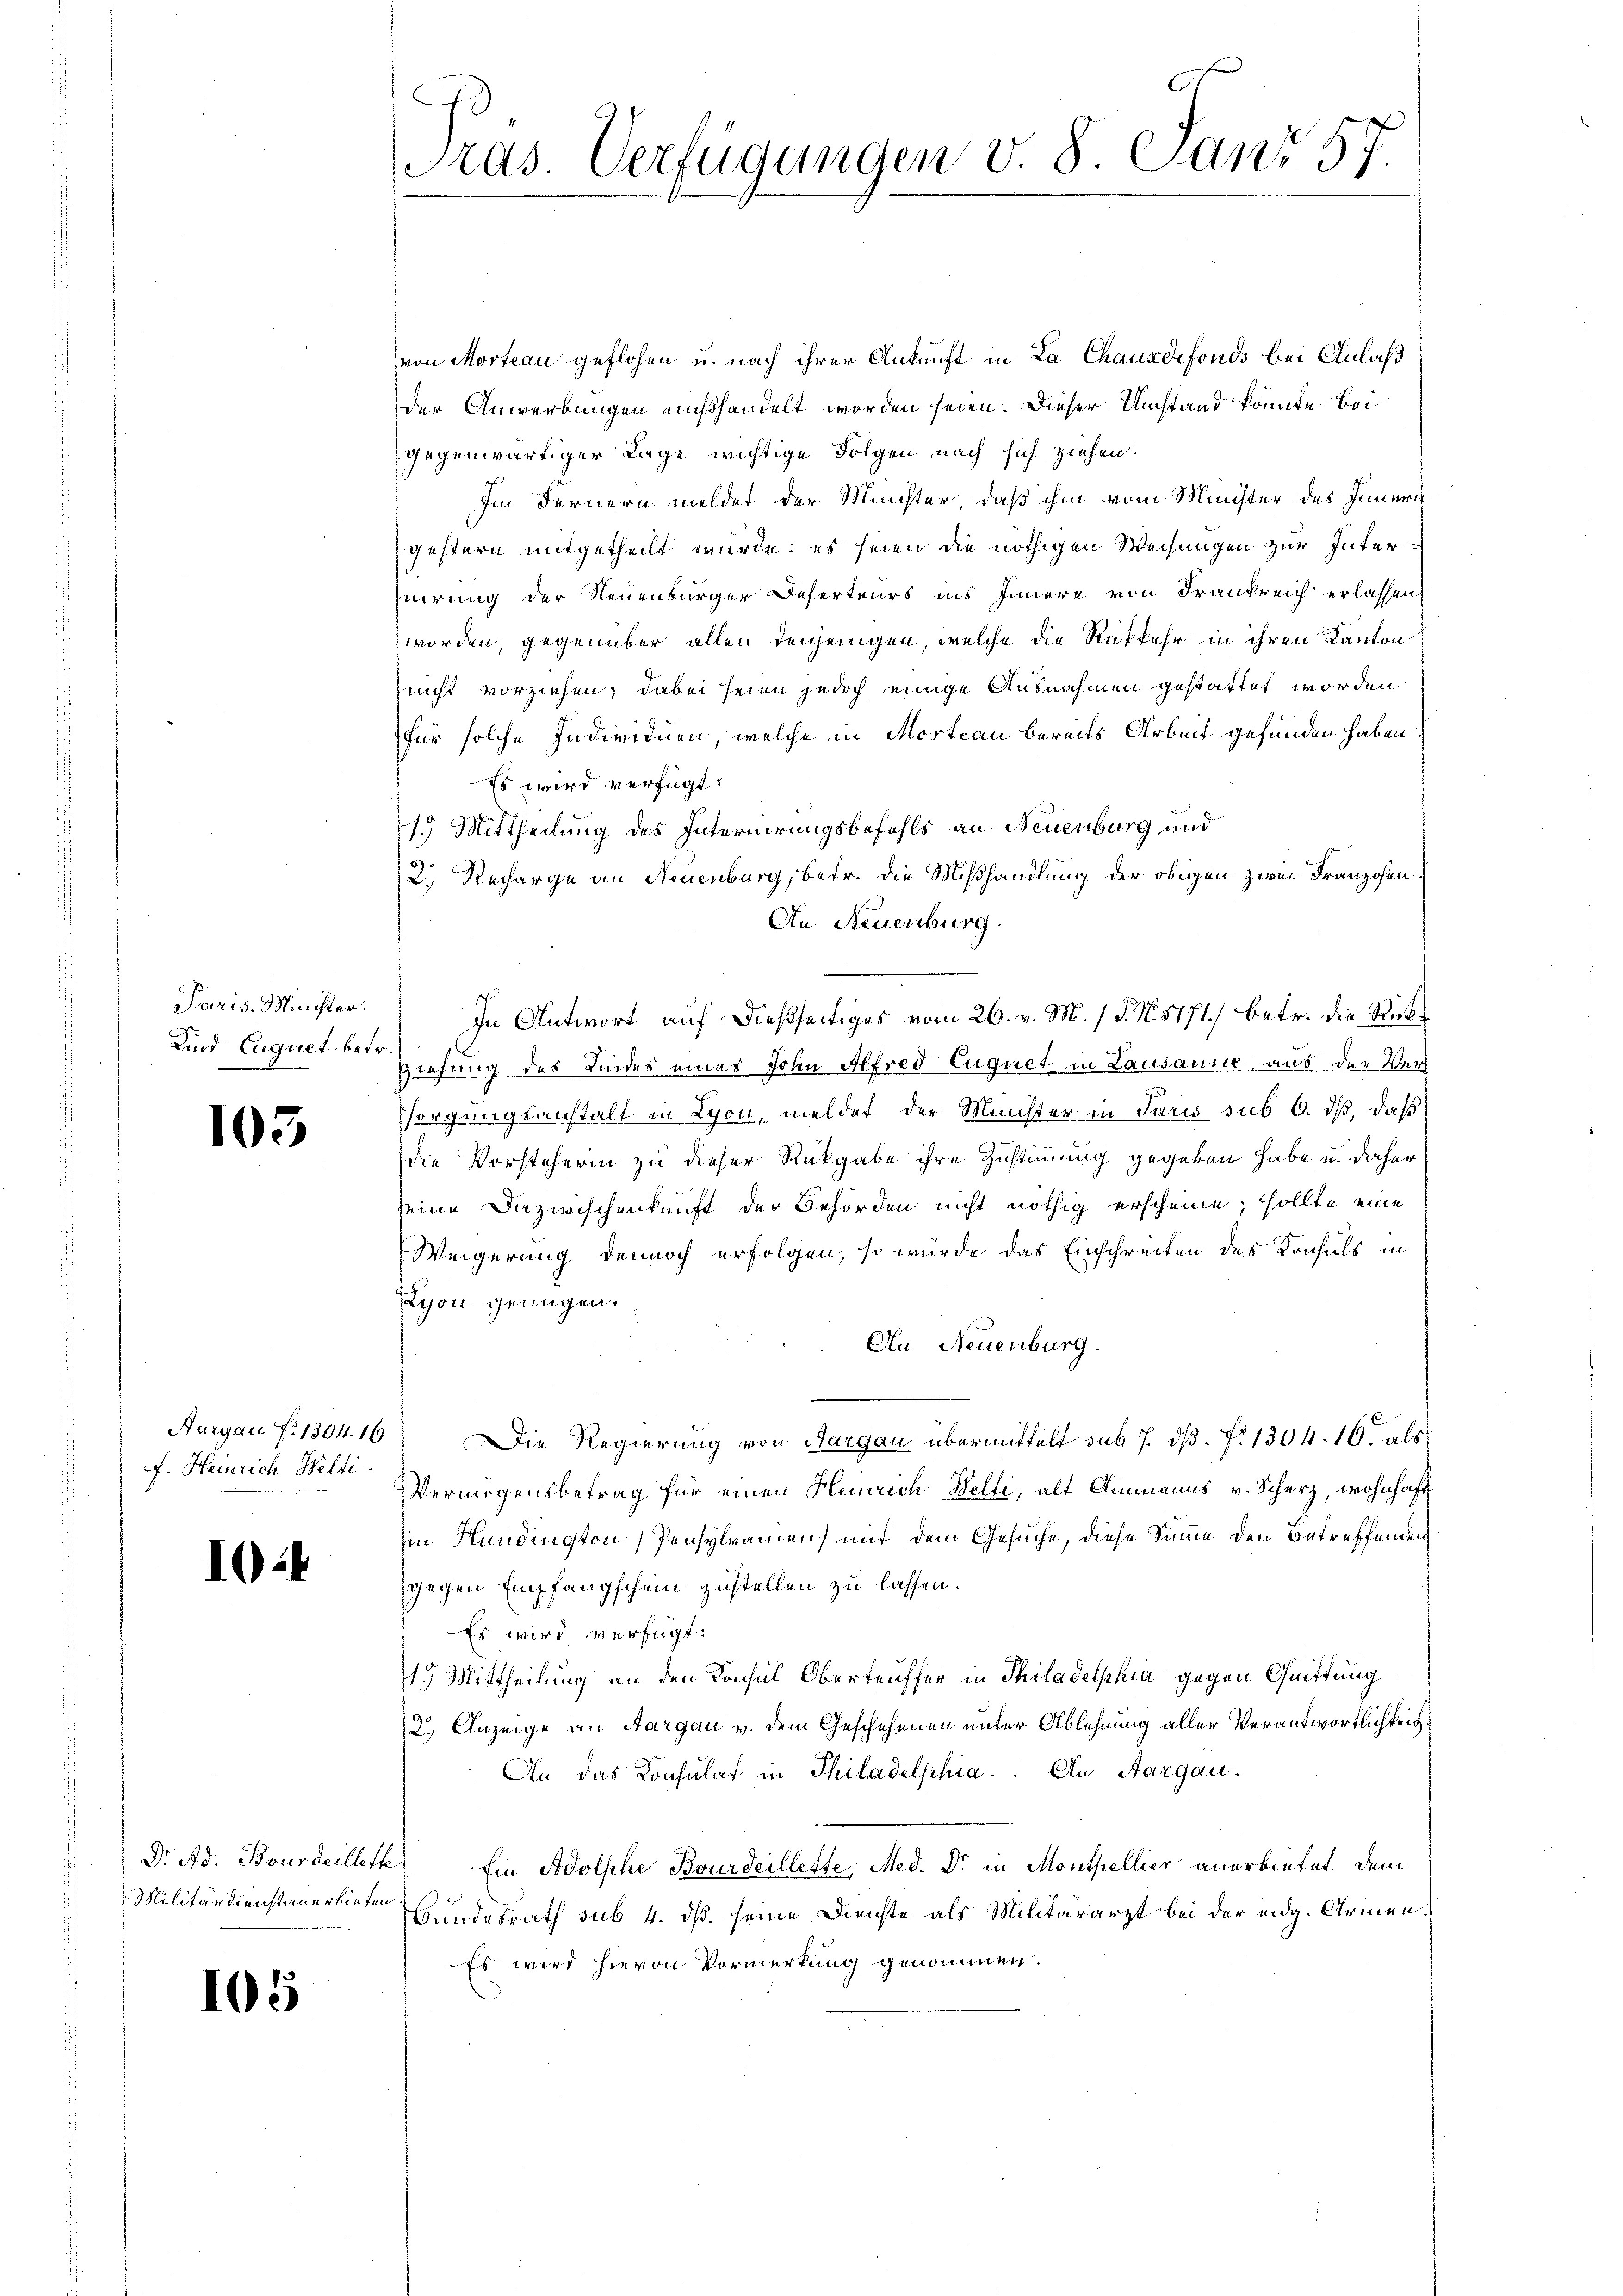
Paris. Minister.
Kind Euquet betr.

105

f. Heinrich Welti.

10:

Militärdienstanerbieten.

105

von Morteau geflohen u. nach ihrer Ankunft in La Chauxdefonds bei Anlaß
der Anwerbungen mißhandelt worden seien. Dieser Umstand könnte bei
gegenwärtiger Lage wichtige Folgen nach sich ziehen.
Im Fernern meldet der Münchter, daß ihm vom Minister des Innern
gestern mitgetheilt wurde; es seien die nöthigen Weisungen zur Interuirung der Neuenburger Deserteurs ins Innere von Frankreich erlassen
worden, gegenüber allen denjenigen, welche die Rückkehr in ihren Kanton
nicht vorziehen; dabei seien jedoch einige Ausnahmen gestattet worden
für solche Individuen, welche in Morteau bereits Arbeit gefunden haben.
Es wird verfügt:
1.) Mittheilung des Internirungsbefehls an Neuenburg und
2.) Recharge an Neuenburg, betr. die Mißhandlung der obigen zwei Franzosen
An Neuenburg.
In Antwort auf dießseitiges vom 26. v. M. 1 S. N. 5171) betr. die Rück¬
Ziehung des Kindes einer John Alfred Eugnet in Lausanne, aus der Verh
sorgungsanstalt in Lyon, meldet der Münster in Paris sub 6. ds, daß
die Vorsteherin zu dieser Rückgabe ihre Zustimmung gegeben habe u. daher
seine Dazwischenkunft der Behörden nicht nöthig erscheine; sollte eine
Weigerung dennoch erfolgen, so würde das Einschreiten des Konsuls in
Lyon genügen.
Au Neuenburg.
Aurgau f. 1304. 16) Die Regierung von Aargau übermittelt sub 7. dβ. No 1304. 16. als
Vermögensbetrag für einen Heinrich Welti, alt Ammanns v. Scherz, wohnhaft
im Hundington Pensylramen mit dem Gesuche, diese Sinne den betreffenden
gegen Empfangschein zustellen zu lassen.
Es wird verfügt:
19 Mittheilung an den Konsul Obertruffer in Philadelphia gegen Quittung
2.) Anzeige an Aargau v. dem Geschehenen unter Ablehnung aller Verantwortlichkeit
An das Konsulat in Philadelphia. An Aargau.
Dr. Ad. Bourdaillette Ein Adolphe Bourdeillette, Med. Dr. in Monthellier anerbietet, dem
undesrath sub 4. ds. seine Dienste als Militärarzt bei der eidg. Armen¬
Es wird hievon Vormerkung genommen.

Pras. Verfügungen v. 8. Janr 57.